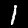
Label: 1